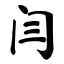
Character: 闫